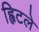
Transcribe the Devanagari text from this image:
ह्विटले